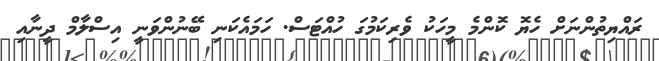
ރައްޔިތުންނަށް ހެޔޮ ކޮންމެ މީހަކު ވެރިކަމުގަ ހުއްޓަސް. ހަމައެކަނި ބޭނުންވަނީ އިސްލާމް ދީނާއި